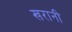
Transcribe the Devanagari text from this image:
खरानी